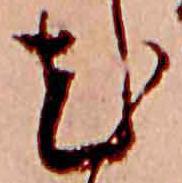
花